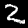
Label: 2